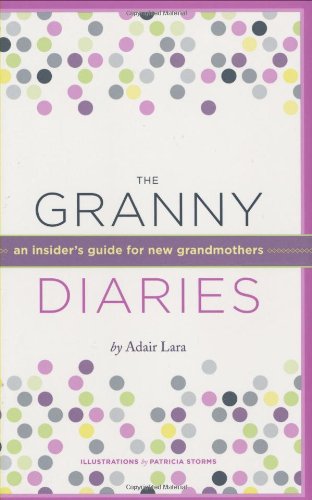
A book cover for The Granny Diaries: An Insider's Guide for New Grandmothers; Adair Lara; Parenting & Relationships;